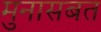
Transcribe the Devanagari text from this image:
मुनासबत